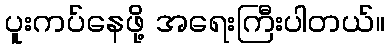
ပူးကပ်နေဖို့ အရေးကြီးပါတယ်။